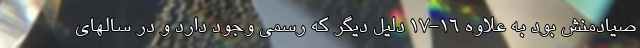
صیادمنش بود به علاوه 16-17 دلیل دیگر که رسمی وجود دارد و در سالهای